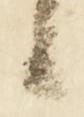
候